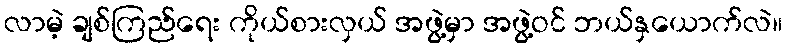
လာမဲ့ ချစ်ကြည်ရေး ကိုယ်စားလှယ် အဖွဲ့မှာ အဖွဲ့ဝင် ဘယ်နှယောက်လဲ။